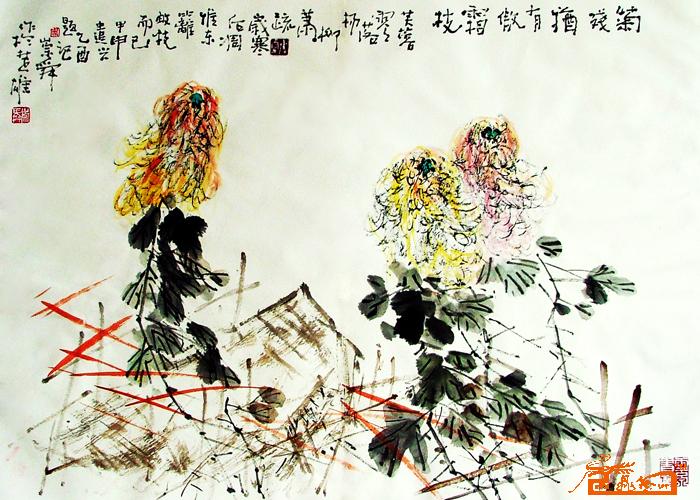
临行挽衫袖，更尝折残菊。